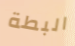
البطة